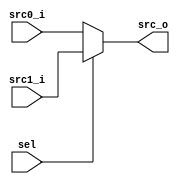
`timescale 1ns/1ps

module Mux2to1(
    input [31:0] src0_i, // in risc-v architecture, instr is 32 bits, and immediate will be extended to 32 bits also, 
                        // and the address is fixed to 32 bits (assume code is tested on 32 bits system) to make the design logic simple
    input [31:0] src1_i,
    input  sel,
    output reg [31:0] src_o
);

    always@(*)begin
        src_o = (sel == 1'b0) ? src0_i : src1_i ; 
    end

endmodule